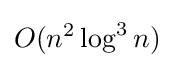
O(n^{2}\log ^{3}n)